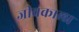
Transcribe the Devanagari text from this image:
जीवकाला